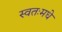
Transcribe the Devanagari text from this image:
स्वतःमधे